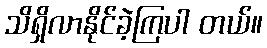
သိရှိလာနိုင်ခဲ့ကြပါ တယ်။